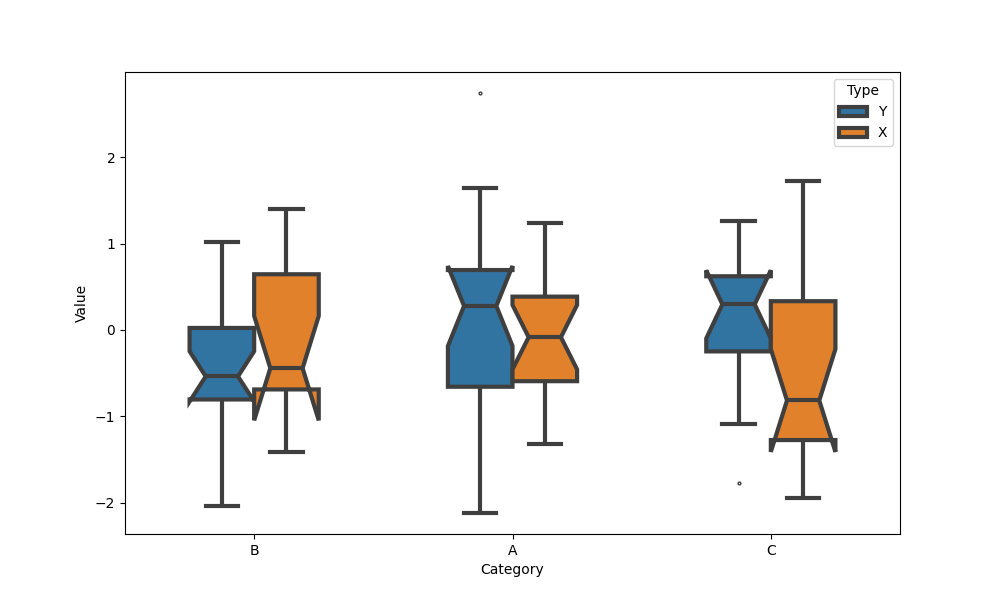
python, seaborn, boxplot, width=0.5, linewidth=3, fliersize=2, notch=True